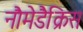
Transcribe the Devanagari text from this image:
नौमेडैक्रिस